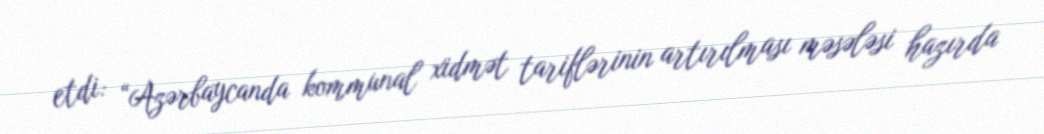
etdi: “Azərbaycanda kommunal xidmət tariflərinin artırılması məsələsi hazırda